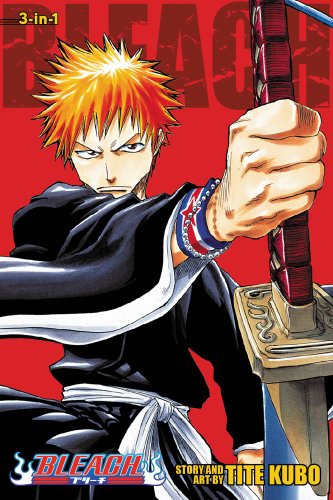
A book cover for Bleach (3-in-1 Edition), Vol. 1: Includes vols. 1, 2 & 3; Tite Kubo; Teen & Young Adult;